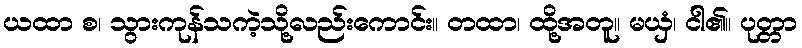
ယထာ စ၊ သွားကုန်သကဲ့သို့လည်းကောင်း။ တထာ၊ ထို့အတူ။ မယှံ၊ ငါ၏။ ပုတ္တာ